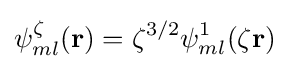
\psi _{ml}^{\zeta }(\mathbf {r} )=\zeta ^{3/2}\psi _{ml}^{1}(\zeta \mathbf {r} )